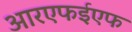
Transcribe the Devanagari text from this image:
आरएफईएफ